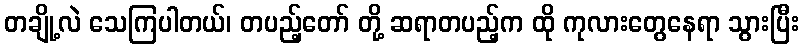
တချို့လဲ သေကြပါတယ်၊ တပည့်တော် တို့ ဆရာတပည့်က ထို ကုလားတွေနေရာ သွားပြီး